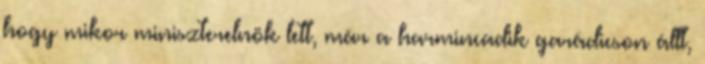
hogy mikor miniszterelnök lett, már a harmincadik garádicson állt,